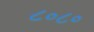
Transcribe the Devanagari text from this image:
८०८०